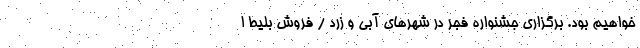
خواهیم بود. برگزاری جشنواره فجر در شهرهای آبی و زرد / فروش بلیط ا